Annual report of the Civil Veterinary Department, Bengal, for the year 1897-98 - 1897-1898
Year: 1897
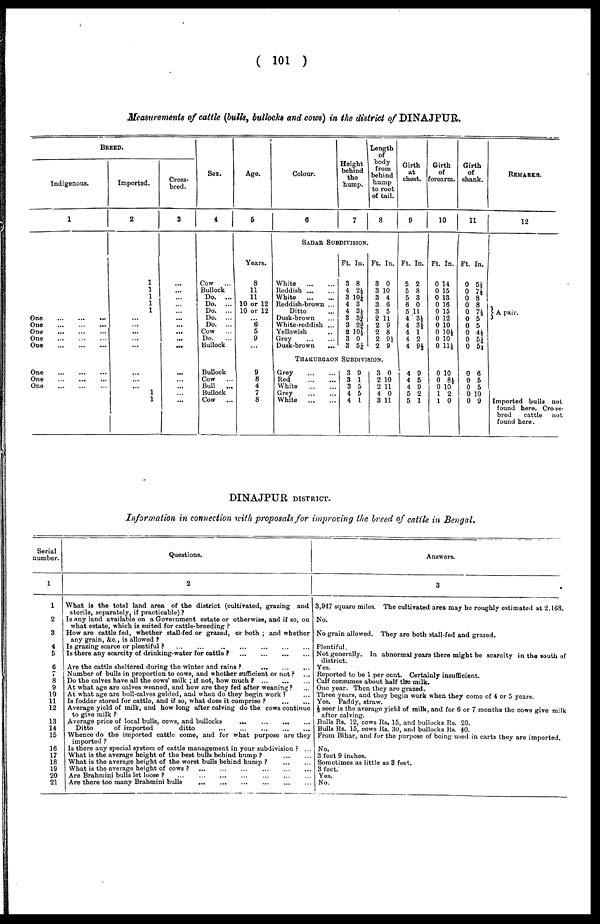
(101)
Measurements of cattle (bulls, bullocks and cows) in the district of DINAJPUR.
BREED.
Indigenous.
1
One ... ... ...
One
...
...
...
One
...
...
...
One
...
...
...
One
...
...
...
One
...
...
...
One
...
...
...
One
...
...
...
Imported.
2
1
1
1
1
1
...
...
...
...
...
...
...
... 1
1
Cross-
bred.
3
...
...
...
...
...
...
...
...
...
...
...
...
...
...
...
Sex.
4
Cow ...
Bullock
Do. ...
Do. ...
Do. ...
Do. ...
Do. ...
Cow
...
Do.
...
Bullock
Bullock
Cow
...
Bull
...
Bullock
Cow
...
Age.
5
Years.
8
11
11
10 or 12
10 or 12
... 6
5
9
...
9
8
4
7
8
Colour.
6
Height
behind
the
hump.
7
Sadar Subdivision.
White
...
...
Reddish
...
...
White
...
...
Reddish-brown ...
Ditto ...
Dusk-brown ...
White-reddish ...
Yellowish ...
Grey ... ...
Dusk-brown ...
Ft. In.
3 8
4 2½
3 10½
4 3
4 3½
3 33
3 23/4
2 10½
3 0
3 51/4
Length
of
body
from
behind
hump
to root
of tail.
8
Ft. In.
3 0
3 10
3 4
3 6
3 5
2 11
2 9
2 8
2 9½
2 9
Thakurgaon Subdivision.
Grey
...
...
Red
...
...
White
...
...
Grey ... ...
White
...
...
3 9
3 1
3 5
4 5
4 1
3 0
2 10
2 11
4 0
3 11
Girth
at
chest.
9
Ft. In.
5 2
5 8
5 3
6 0
5 11
4 3½
4 3½
4 1
4 2
4 9½
4 9
4 5
4 9
5 2
5 1
Girth
of
forearm.
10
Ft. In.
0 14
0 15
0 13
0 16
0 15
0 12
0 10
0 10½
0 10
0 11½
0 10
0 8½
0 10
1 2
1 0
Girth
of
shank.
11
Ft. In.
0 5½
0 7½
0 8
0 8
0 7½
0 5
0 5
0 4½
0 51
0 5½
0 6
0 5
0 5
0 10
0 9
REMARKS.
12
A pair.
Imported bulls not
found here. Cross-
bred
cattle
not
found here.
DINAJPUR DISTRICT.
Information in connection with proposals for improving the breed of cattle in Bengal,
Serial
number.
1
1
2
3
4
5
6
7
8
9
10
11
12
13
14
15
16
17
18
19
20
21
Questions.
2
What is the total land area of the district (cultivated, grazing and
sterile, separately, if practicable)?
Is any land available on a Government estate or otherwise, and if so, on
what estate, which is suited for cattle-breeding?
How are cattle fed, whether stall-fed or grazed, or both; and whether
any grain, &c., is allowed?
Is grazing scarce or plentiful?
...
...
...
...
...
...
...
Is there any scarcity of drinking-water for cattle?
...
...
...
...
Are the cattle sheltered during the winter and rains?
...
...
...
Number of bulls in proportion to cows, and whether sufficient or not? ...
Do the calves have all the cows' milk; if not, how much? ... ... ...
At what age are calves weaned, and how are they fed after weaning? ...
At what age are bull-calves gelded, and when do they begin work? ...
Is fodder stored for cattle, and if so, what does it comprise?
...
...
Average yield of milk, and how long after calving do the cows continue
to give milk?
Average price of local bulls, cows, and bullocks
.... ... ... ...
Ditto
of imported
ditto
...
...
...
...
...
Whence do the imported cattle come, and for what purpose are they
imported?
Is there any special system of cattle management in your subdivision? ...
What is the average height of the best bulls behind hump?
...
...
What is the average height of the worst bulls behind hump?
...
...
What is the average height of cows?
...
...
...
...
...
...
Are Brahmini bulls let loose?
...
...
...
...
...
...
...
Are there too many Brahmini bulls
...
...
...
...
...
...
Answers.
3
3,917 square miles. The cultivated area may bo roughly estimated at 2,168.
No.
No grain allowed. They are both stall-fed and grazed.
Plentiful.
Not generally. In abnormal years there might be scarcity in the south of
district.
Yes.
Reported to be 1 per cent. Certainly insufficient.
Calf consumes about half the milk.
One year. Then they are grazed.
Three years, and they begin work when they come of 4 or 5 years.
Yes. Paddy, straw.
½ seer is the average yield of milk, and for 6 or 7 months the cows give milk
after calving.
Bulls Rs. 12, cows Rs. 15, and bullocks Rs. 20.
Bulls Rs. 15, cows Rs. 30, and bullocks Rs. 40.
From Bihar, and for the purpose of being used in carts they are imported.
No.
3 feet 9 inches.
Sometimes as little as 3 feet.
3 feet.
Yes.
No.